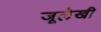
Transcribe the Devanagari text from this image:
जूलेखी